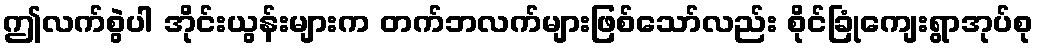
ဤလက်စွဲပါ အိုင်းယွန်းများက တက်ဘလက်များဖြစ်သော်လည်း စိုင်ခြုံကျေးရွာအုပ်စု